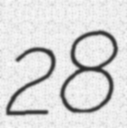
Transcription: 28